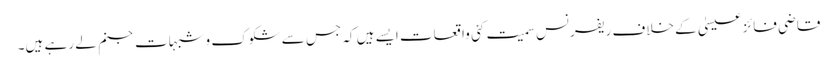
قاضی فائز عیسیٰ کے خلاف ریفرنس سمیت کئی واقعات ایسے ہیں کہ جس سے شکوک و شبہات جنم لے رہے ہیں۔